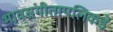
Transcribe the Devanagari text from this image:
भावसंगीतापलिकडे